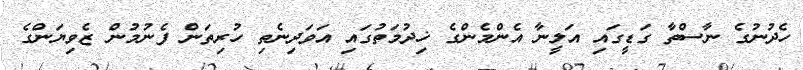
ހެދުނުގެ ނާސްތާ ގަޑީގައި އަލީނާ އެންމެންގެ ޚިދުމަތުގައި އަވަދިނެތި ހުރިތަން ފެނުމުން ޒެވިޔަންގެ